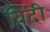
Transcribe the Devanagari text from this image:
विंदी